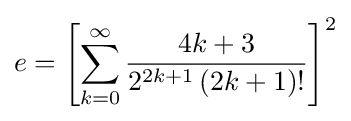
e=\left[\sum _{k=0}^{\infty }{\frac {4k+3}{2^{2k+1}\,(2k+1)!}}\right]^{2}